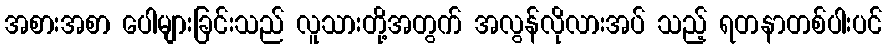
အစားအစာ ပေါများခြင်းသည် လူသားတို့အတွက် အလွန်လိုလားအပ် သည့် ရတနာတစ်ပါးပင်